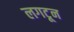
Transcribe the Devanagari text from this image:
लगटून